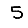
Digit: 5